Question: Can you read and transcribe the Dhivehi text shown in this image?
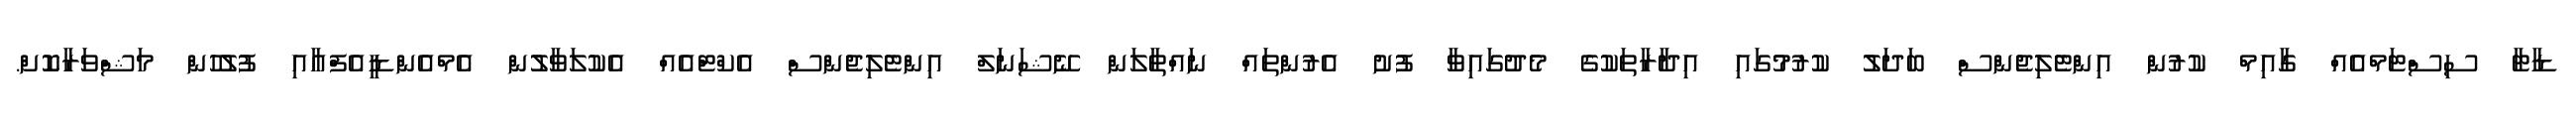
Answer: ޑާޓާ ސިސްޓަމްއެއް ގާއިމް ކުރުން އިންޓެލިޖެންސް ބަދަލު ކުރުމުގައި އިދާރާތަކުގެ މެދުގައިވާ ފުށު އެރުންތައް ނައްތާލަން ނޭޝަނަލް އިންޓެލިޖެންސް އެކްޓްއެއް އެކުލަވާލުން އެމްއެންޑީއެފްއާއި ފުލުހުން މަޝްވަރާކޮށް.